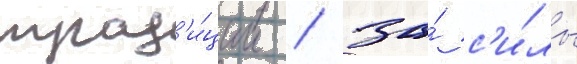
трад'и́ции / за́ с'и́лы